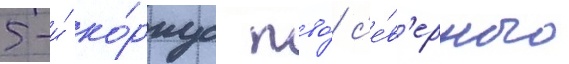
5-и́ ко́рпус пво́ с'е́в'ерного